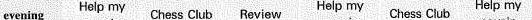
evening Help my Chess Club Review Help my Chess Clut Help my